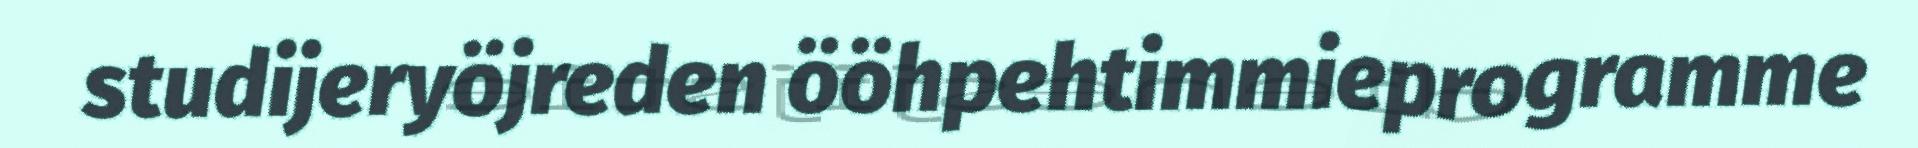
studijeryöjreden ööhpehtimmieprogramme